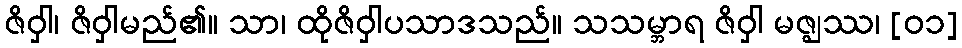
ဇိဝှါ၊ ဇိဝှါမည်၏။ သာ၊ ထိုဇိဝှါပသာဒသည်။ သသမ္ဘာရ ဇိဝှါ မဇ္ဈဿ၊ [၀၁]